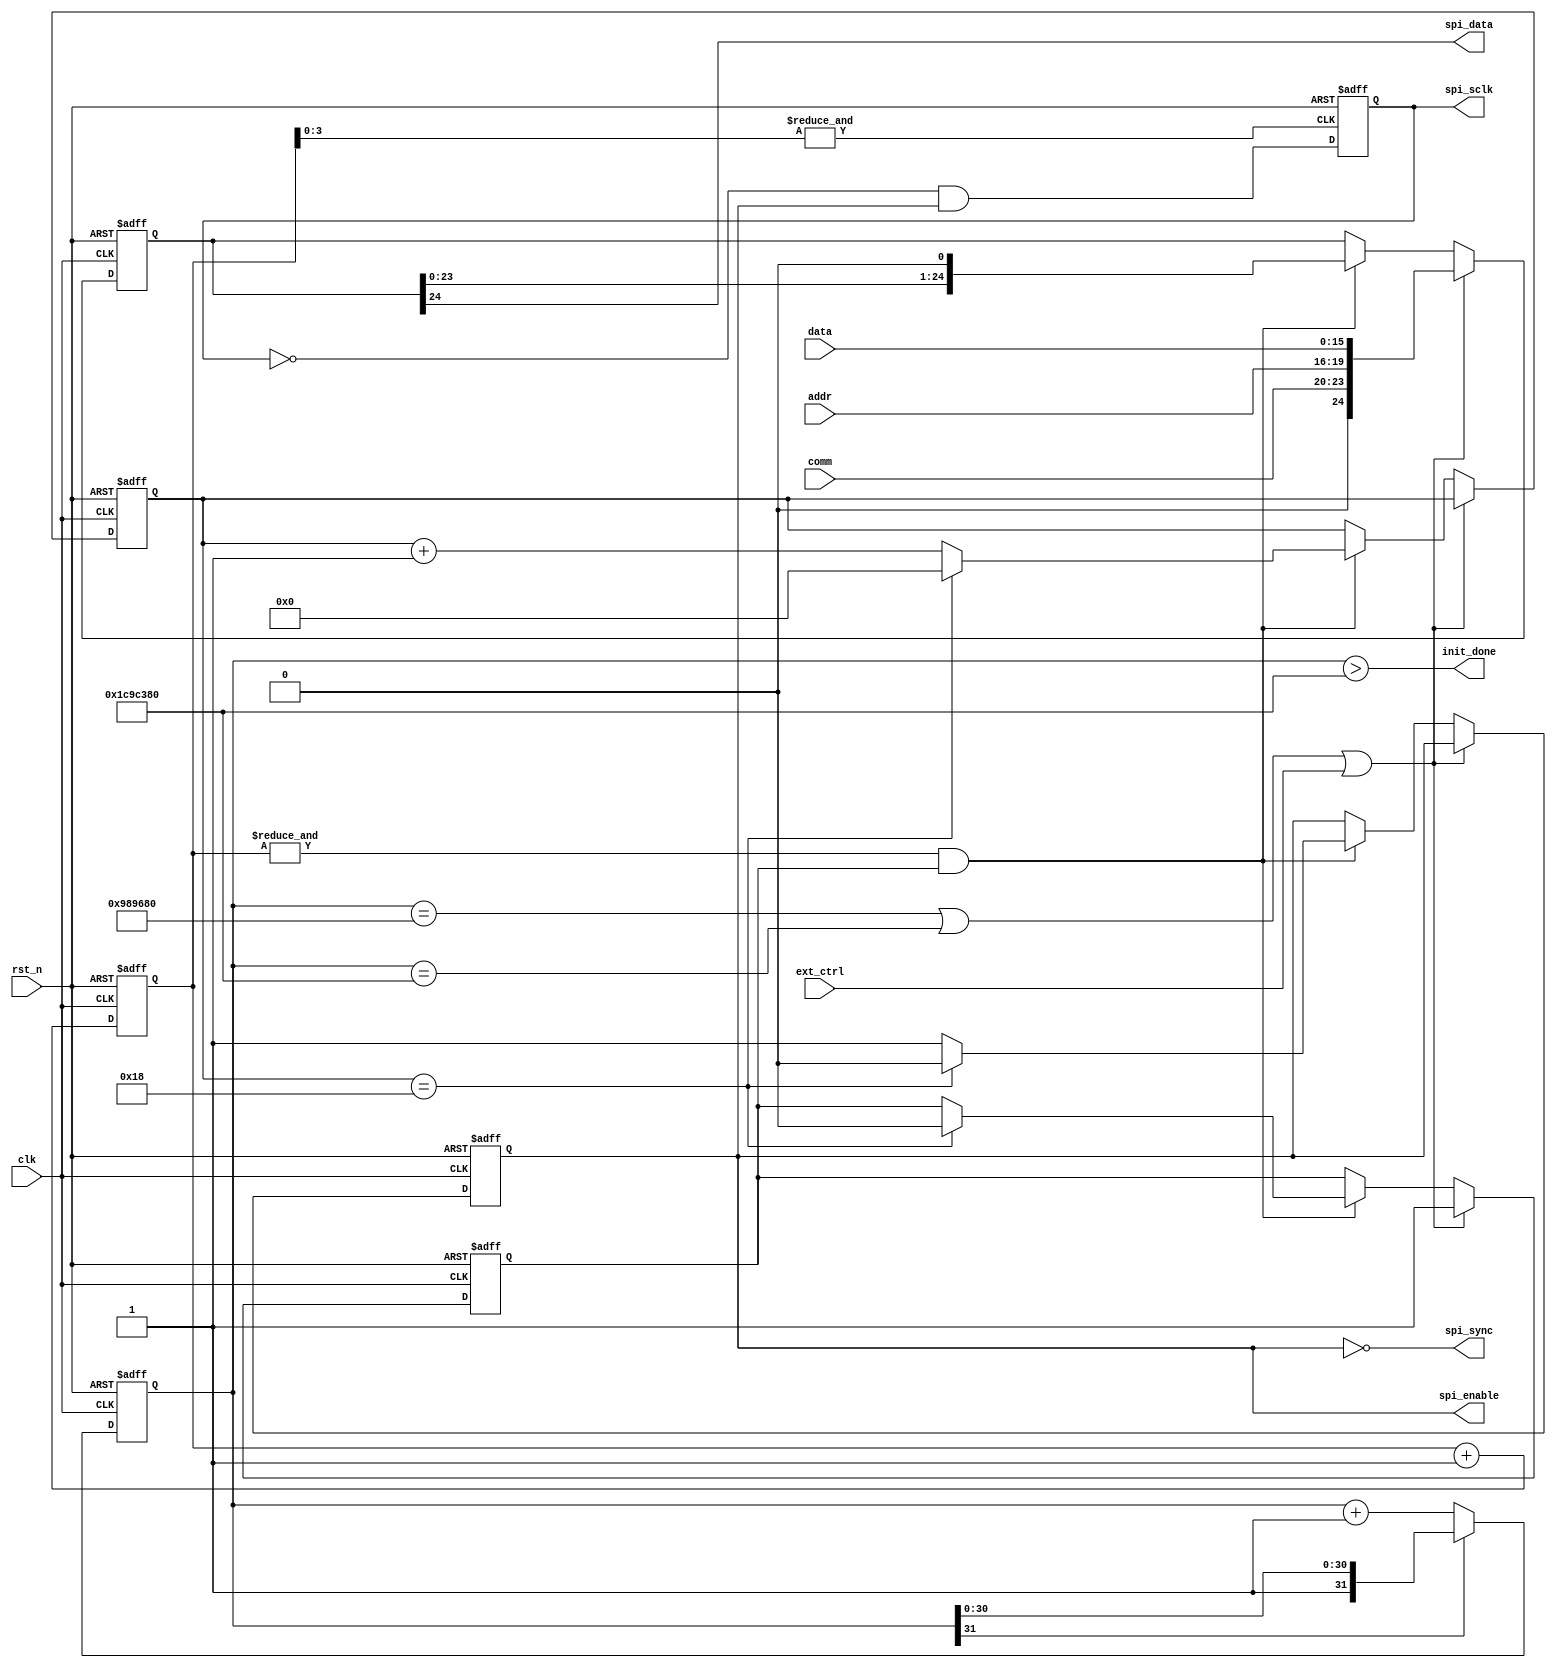
module dac_spi2 #(
  parameter DWIDTH = 24,
  parameter WTIME1 = 32'd10000000,
  parameter WTIME2 = 32'd30000000,
  parameter HVCTL1 = 3'd2,
  parameter HVCTL2 = 3'd6
)
(
  input         clk, 
  input         rst_n,
  input   [3:0] comm,
  input   [3:0] addr,
  input  [15:0] data,
  input         ext_ctrl,
  output        spi_data,
  output        spi_sclk,
  output        spi_sync,
  output        spi_enable,
  output        init_done
  // for monitoring --- to be removed
  /*output        starts_mon,
  output        enable_mon,
  output        loaded_mon,
  output  [5:0] sndcnt_mon,
  output  [5:0] enbcnt_mon,
  output [DWIDTH:0] senddt_mon*/
);
   
  // flags
  wire starts; // start signal 
  wire enable; // send enable flag
  wire enable2; // twice faster enable signal
 
  // internal registers
  reg  loaded; // data loaded
  reg  sending; 
  reg  sclksrc;
  
  // counters
  reg  [5:0] sndcnt;
  reg  [4:0] enbcnt;
  
  reg  [31:0] init_cnt; 
  
  // shift registers 
  reg [DWIDTH:0] senddata;
  reg [DWIDTH:0] fixsendd;

  // flag assignment 
  assign starts  = (init_cnt==WTIME1) | (init_cnt==WTIME2) | ext_ctrl; 
  assign enable  = &enbcnt; 
  assign enable2 = &enbcnt[3:0]; 
  
  assign init_done = (init_cnt > WTIME2);
  
  // init counter
  always @(negedge rst_n or posedge clk) begin
    if (~rst_n) begin 
	   init_cnt <= 32'd0;
	 end
	 else begin 
	   if (init_cnt[31]==1'b0) begin 
		  init_cnt <= init_cnt + 1'b1;
		end
	 end
  end
 
  always @(negedge rst_n or posedge enable2) begin 
    if (~rst_n) begin 
	   sclksrc <= 1'b1;
	 end 
	 else begin 
	   sclksrc <= ~sclksrc & sending;
	 end	
  end 
  
  
  always @(negedge rst_n or posedge clk) begin 
    if (~rst_n) begin 
		senddata <= {DWIDTH+1{1'b0}};
		fixsendd <= {DWIDTH+1{1'b0}};
		sndcnt   <= {6{1'b0}};
		enbcnt   <=  5'b00000;
		sending  <=  1'b0;
		loaded   <=  1'b0;
	 end
	 else begin
	   enbcnt <= enbcnt + 1'b1;
	   if (starts) begin 
		  senddata <= {1'b0, comm, addr, data};
		  fixsendd <= {1'b0, comm, addr, data};
		  loaded   <= 1'b1;
	   end
	   else begin
	     if (enable & loaded) begin 
		    senddata <= {senddata[DWIDTH-1:0],1'b0};
			 sending  <= 1'b1; 
			 sndcnt   <= sndcnt + 1'b1; 
			 if (sndcnt==DWIDTH) begin 
			   sending <= 1'b0;
				sndcnt  <= {6{1'b0}};
				loaded  <= 1'b0;
			 end
		  end
		end 
	 end
  end
  
  assign spi_data = senddata[DWIDTH];
  assign spi_sync = ~sending;
  assign spi_sclk = sclksrc; 
  assign spi_enable = sending;

  // monitoring 
  /*assign starts_mon = starts;
  assign sndcnt_mon = sndcnt;
  assign enbcnt_mon = enbcnt;
  assign senddt_mon = fixsendd;
  assign enable_mon = enable;
  assign loaded_mon = loaded;*/

endmodule